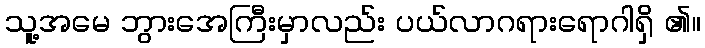
သူ့အမေ ဘွားအေကြီးမှာလည်း ပယ်လာဂရားရောဂါရှိ ၏။